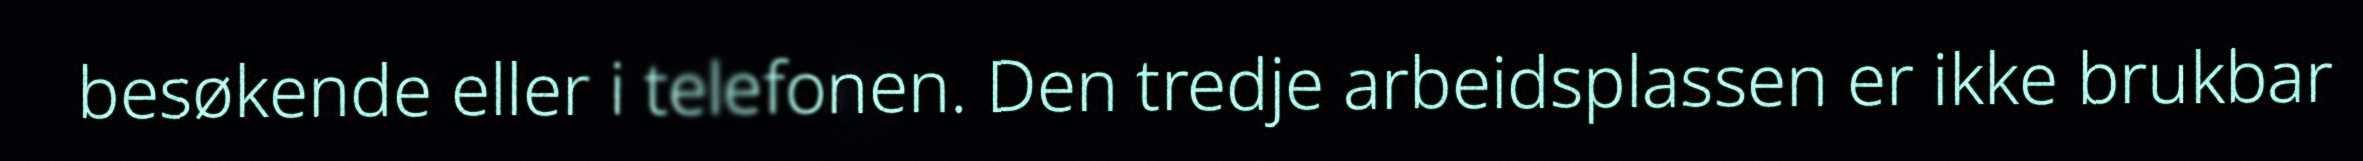
besøkende eller i telefonen. Den tredje arbeidsplassen er ikke brukbar